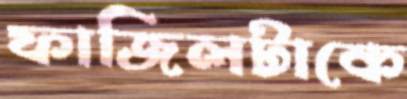
ফাজিলটাকে